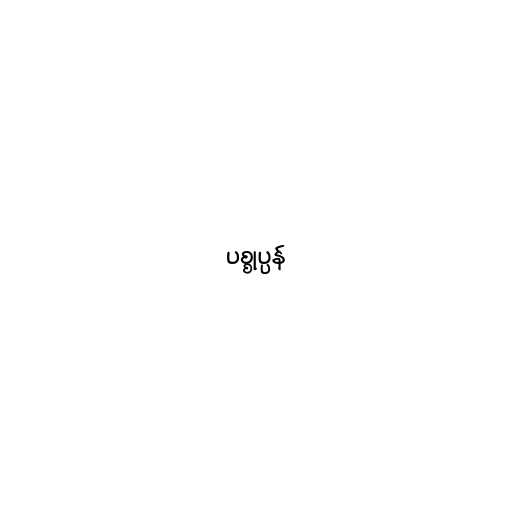
ပစ္စုပ္ပန်